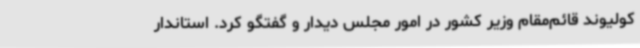
کولیوند قائم‌مقام وزیر کشور در امور مجلس دیدار و گفتگو کرد. استاندار